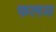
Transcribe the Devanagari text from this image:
फलम